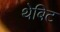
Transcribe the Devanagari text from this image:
थेबिट